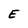
Character: E